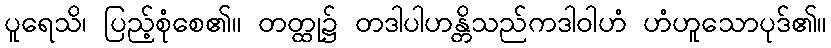
ပူရေသိ၊ ပြည့်စုံစေ၏။ တတ္ထု၌ တဒါပါဟန္တိသည်ကဒါဝါဟံ ဟံဟူသောပုဒ်၏။